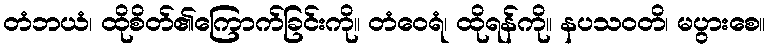
တံဘယံ၊ ထိုစိတ်၏ကြောက်ခြင်းကို။ တံဝေရံ၊ ထိုရန်ကို။ နပသဝတိ၊ မပွားစေ။